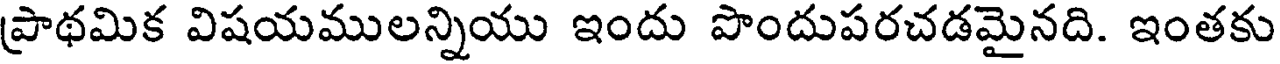
ప్రాథమిక విషయములన్నియు ఇందు పొందుపరచడమైనది. ఇంతకు